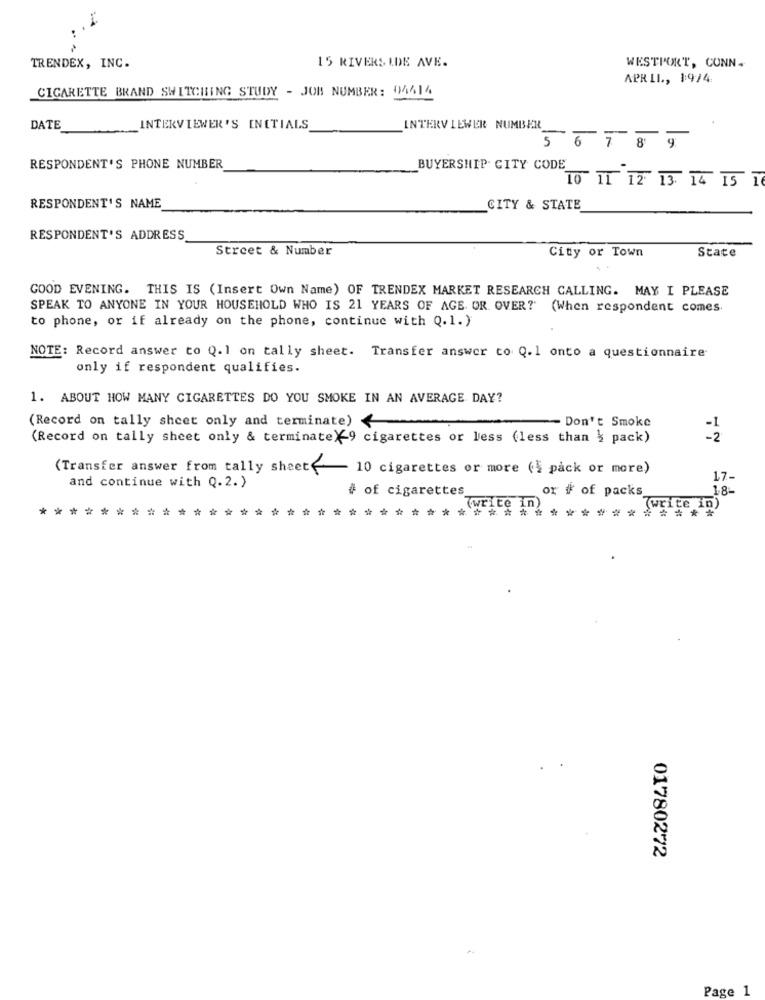
TRENDEX, INC.
15 RIVERSIDE AVE.
WESTPORT, CONN.
APRIL ., 1:974
CIGARETTE BRAND SWITCHING STUDY - JOB NUMBER: 04414
DATE
INTERVIEWER'S INITIALS
INTERVIEWER NUMBER_
56 789
RESPONDENT'S PHONE NUMBER
BUYERSHIP CITY CODE
10 11 12 13 14 15 16
RESPONDENT'S NAME
CITY & STATE
RESPONDENT'S ADDRESS
Street & Number
City or Town
State
GOOD EVENING. THIS IS (Insert Own Name) OF TRENDEX MARKET RESEARCH CALLING. MAY I PLEASE
SPEAK TO ANYONE IN YOUR HOUSEHOLD WHO IS 21 YEARS OF AGE OR OVER? (When respondent comes.
to phone, or if already on the phone, continue with Q.1.)
NOTE: Record answer to Q.1 on tally sheet. Transfer answer to Q.1 onto a questionnaire
only if respondent qualifies.
1. ABOUT HOW MANY CIGARETTES DO YOU SMOKE IN AN AVERAGE DAY?
(Record on tally sheet only and terminate) <
- Don't Smoke
(Record on tally sheet only & terminateX- 9 cigarettes or less (less than } pack)
-2.
(Transfer answer from tally sheet 10 cigarettes or more (} pack or more)
and continue with Q.2. )
17-
# of cigarettes
or # of packs
18-
*********
write
*****
(write in)
****
01780272
Page 1